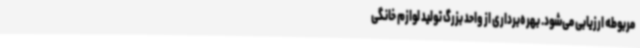
مربوطه ارزیابی می‌شود. بهره‌برداری از واحد بزرگ تولید لوازم خانگی